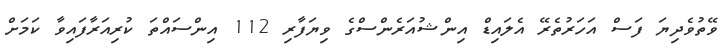
ވޭތުވެދިޔަ ފަސް އަހަރުތެރޭ އެލައިޑް އިންޝުއަރެންސްގެ ވިޔަފާރި 112 އިންސައްތަ ކުރިއަރާފައިވާ ކަމަށް